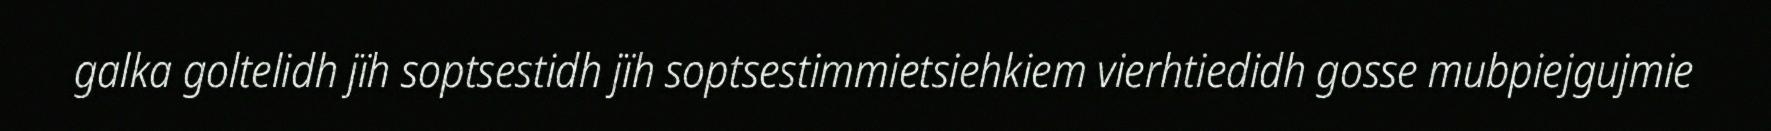
galka goltelidh jïh soptsestidh jïh soptsestimmietsiehkiem vierhtiedidh gosse mubpiejgujmie